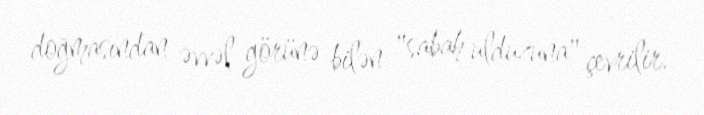
doğmasından əvvəl görünə bilən "sabah ulduzuna" çevrilir.